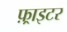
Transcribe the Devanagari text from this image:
फ़्राइटर